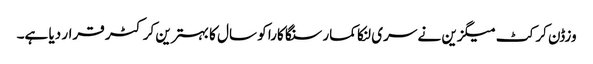
وزڈن کرکٹ میگزین نے سری لنکا کمار سنگا کارا کو سال کا بہترین کرکٹر قرار دیا ہے۔